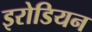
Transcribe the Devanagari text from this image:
इरोडियन